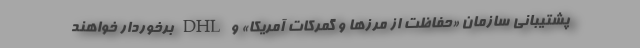
پشتیبانی سازمان «حفاظت از مرزها و گمرکات آمریکا» و DHL برخوردار خواهند